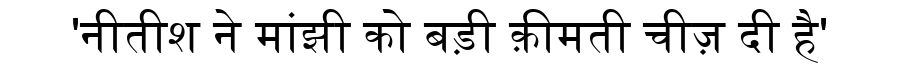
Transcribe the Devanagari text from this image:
'नीतीश ने मांझी को बड़ी क़ीमती चीज़ दी है'